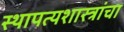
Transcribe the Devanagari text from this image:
स्थापत्यशास्त्रांचा